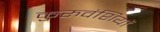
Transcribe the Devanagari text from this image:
कुरुवंशियों